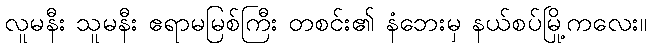
လူမနီး သူမနီး ဧရာမမြစ်ကြီး တစင်း၏ နံဘေးမှ နယ်စပ်မြို့ကလေး။